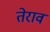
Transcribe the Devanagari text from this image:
तेराव